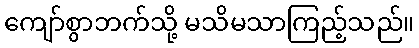
ကျော်စွာဘက်သို့ မသိမသာကြည့်သည်။